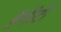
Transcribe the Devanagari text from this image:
हैनीटी